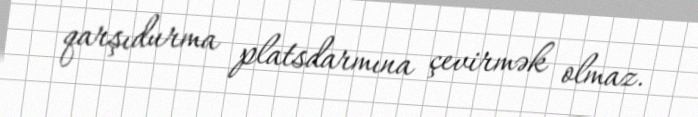
qarşıdurma platsdarmına çevirmək olmaz.